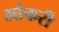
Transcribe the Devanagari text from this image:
भांकरी